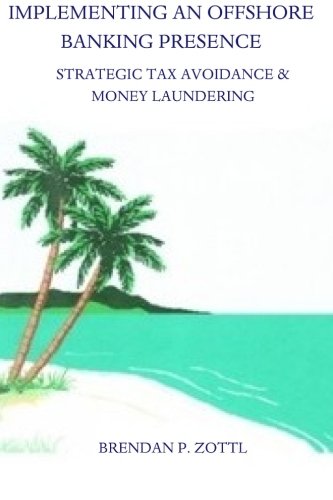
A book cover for Implementing An Offshore Banking Presence: Strategic Tax Avoidance And Money Laundering; Brendan Zottl; Law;